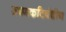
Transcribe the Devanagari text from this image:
उष्‍णकटिबंधीय